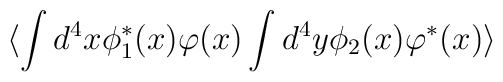
\langle \int d^4 x \phi_1^*(x)\varphi(x)\int d^4y \phi_2(x)\varphi^*(x) \rangle